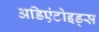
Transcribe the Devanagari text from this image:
अडिएंटोइड्स